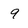
Character: 9